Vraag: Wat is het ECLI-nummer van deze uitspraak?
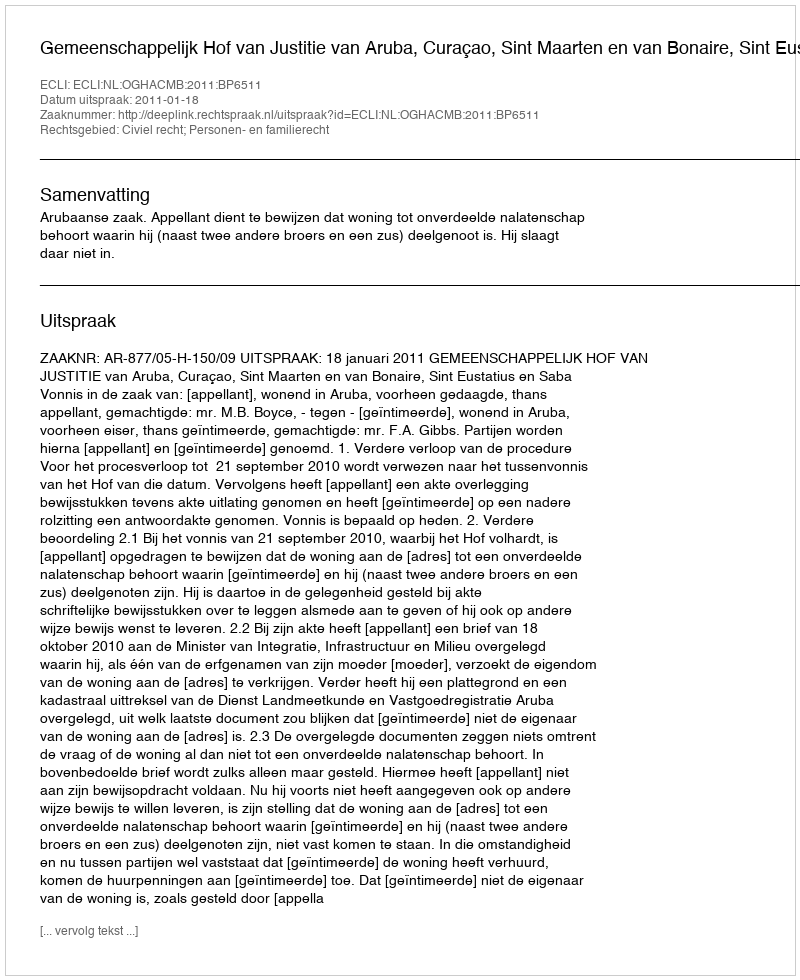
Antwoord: ECLI:NL:OGHACMB:2011:BP6511